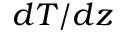
d T / d z